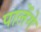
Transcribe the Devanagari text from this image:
पालेंगे